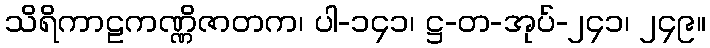
သိရိကာဠကဏ္ဏိဇာတက၊ ပါ-၁၄၁၊ ဋ္ဌ-တ-အုပ်-၂၄၁၊ ၂၄၉။